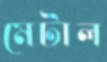
মেটাল